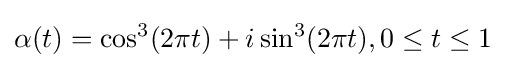
\alpha (t)=\cos ^{3}(2\pi t)+i\sin ^{3}(2\pi t),0\leq t\leq 1